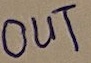
Text: OUT